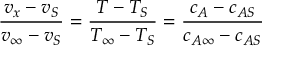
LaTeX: { \frac { v _ { x } - v _ { S } } { v _ { \infty } - v _ { S } } } = { \frac { T - T _ { S } } { T _ { \infty } - T _ { S } } } = { \frac { c _ { A } - c _ { A S } } { c _ { A \infty } - c _ { A S } } }